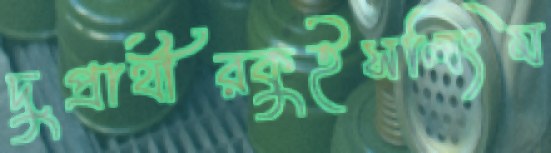
দুপ্রার্থীরকুইসলিংম